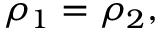
\rho _ { 1 } = \rho _ { 2 } ,